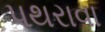
પથરાવા